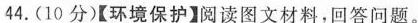
44.(10分)【环境保护】阅读图文材料，回答问题。